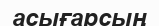
асығарсың